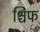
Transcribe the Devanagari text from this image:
श्चिफ